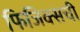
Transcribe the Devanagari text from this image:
फिजिक्सची